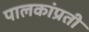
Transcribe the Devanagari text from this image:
पालकांप्रती